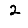
Digit: 2